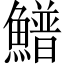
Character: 䲕